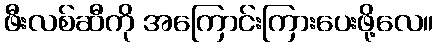
ဖီးလစ်ဆီကို အကြောင်းကြားပေးဖို့လေ။